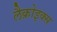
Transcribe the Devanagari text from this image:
लैक्रोइक्स